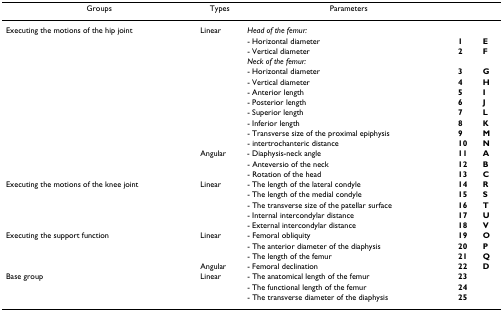
<table><thead><tr><td><b>Groups</b></td><td><b>Types</b></td><td><b>Parameters</b></td><td></td><td></td></tr></thead><tbody><tr><td>Executing the motions of the hip joint</td><td>Linear</td><td><i>Head of the femur:</i></td><td></td><td></td></tr><tr><td></td><td></td><td>- Horizontal diameter</td><td><b>1</b></td><td><b>E</b></td></tr><tr><td></td><td></td><td>- Vertical diameter</td><td><b>2</b></td><td><b>F</b></td></tr><tr><td></td><td></td><td><i>Neck of the femur:</i></td><td></td><td></td></tr><tr><td></td><td></td><td>- Horizontal diameter</td><td><b>3</b></td><td><b>G</b></td></tr><tr><td></td><td></td><td>- Vertical diameter</td><td><b>4</b></td><td><b>H</b></td></tr><tr><td></td><td></td><td>- Anterior length</td><td><b>5</b></td><td><b>I</b></td></tr><tr><td></td><td></td><td>- Posterior length</td><td><b>6</b></td><td><b>J</b></td></tr><tr><td></td><td></td><td>- Superior length</td><td><b>7</b></td><td><b>L</b></td></tr><tr><td></td><td></td><td>- Inferior length</td><td><b>8</b></td><td><b>K</b></td></tr><tr><td></td><td></td><td>- Transverse size of the proximal epiphysis</td><td><b>9</b></td><td><b>M</b></td></tr><tr><td></td><td></td><td>- intertrochanteric distance</td><td><b>10</b></td><td><b>N</b></td></tr><tr><td></td><td>Angular</td><td>- Diaphysis-neck angle</td><td><b>11</b></td><td><b>A</b></td></tr><tr><td></td><td></td><td>- Anteversio of the neck</td><td><b>12</b></td><td><b>B</b></td></tr><tr><td></td><td></td><td>- Rotation of the head</td><td><b>13</b></td><td><b>C</b></td></tr><tr><td>Executing the motions of the knee joint</td><td>Linear</td><td>- The length of the lateral condyle</td><td><b>14</b></td><td><b>R</b></td></tr><tr><td></td><td></td><td>- The length of the medial condyle</td><td><b>15</b></td><td><b>S</b></td></tr><tr><td></td><td></td><td>- The transverse size of the patellar surface</td><td><b>16</b></td><td><b>T</b></td></tr><tr><td></td><td></td><td>- Internal intercondylar distance</td><td><b>17</b></td><td><b>U</b></td></tr><tr><td></td><td></td><td>- External intercondylar distance</td><td><b>18</b></td><td><b>V</b></td></tr><tr><td>Executing the support function</td><td>Linear</td><td>- Femoral obliquity</td><td><b>19</b></td><td><b>O</b></td></tr><tr><td></td><td></td><td>- The anterior diameter of the diaphysis</td><td><b>20</b></td><td><b>P</b></td></tr><tr><td></td><td></td><td>- The length of the femur</td><td><b>21</b></td><td><b>Q</b></td></tr><tr><td></td><td>Angular</td><td>- Femoral declination</td><td><b>22</b></td><td><b>D</b></td></tr><tr><td>Base group</td><td>Linear</td><td>- The anatomical length of the femur</td><td><b>23</b></td><td></td></tr><tr><td></td><td></td><td>- The functional length of the femur</td><td><b>24</b></td><td></td></tr><tr><td></td><td></td><td>- The transverse diameter of the diaphysis</td><td><b>25</b></td><td></td></tr></tbody></table>